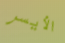
الأيسر